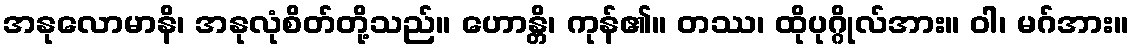
အနုလောမာနိ၊ အနုလုံစိတ်တို့သည်။ ဟောန္တိ၊ ကုန်၏။ တဿ၊ ထိုပုဂ္ဂိုလ်အား။ ဝါ၊ မဂ်အား။